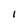
Character: I